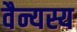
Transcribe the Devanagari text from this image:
वैन्यस्य